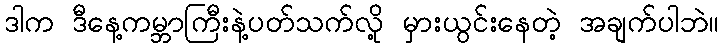
ဒါက ဒီနေ့ကမ္ဘာကြီးနဲ့ပတ်သက်လို့ မှားယွင်းနေတဲ့ အချက်ပါဘဲ။